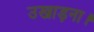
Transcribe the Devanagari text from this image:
उखाड़ना।